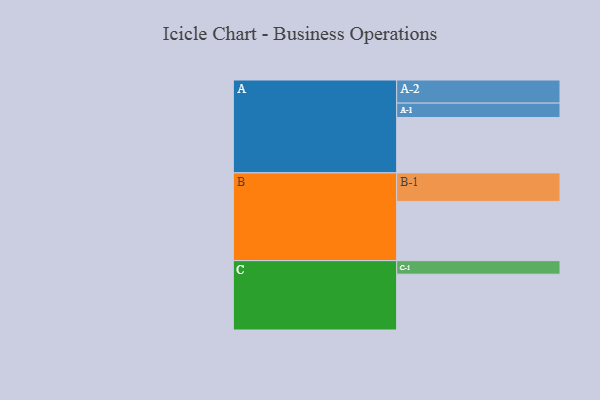
{"axis": {"x": "Segment", "y": "Value"}, "legend": ["", "A", "B", "C"], "data": [{"x": "A", "y": 532, "type": ""}, {"x": "B", "y": 569, "type": ""}, {"x": "C", "y": 536, "type": ""}, {"x": "A-1", "y": 138, "type": "A"}, {"x": "A-2", "y": 222, "type": "A"}, {"x": "B-1", "y": 274, "type": "B"}, {"x": "C-1", "y": 130, "type": "C"}]}